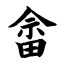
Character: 畲